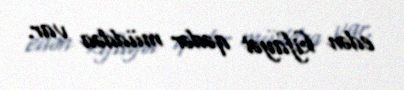
edən kifayət qədər müddəa var.